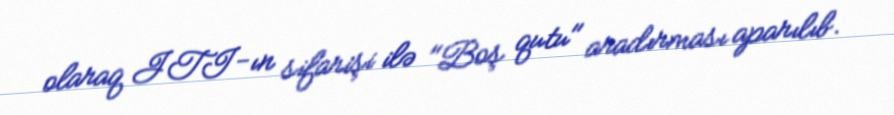
olaraq JTI-ın sifarişi ilə "Boş qutu" aradırması aparılıb.